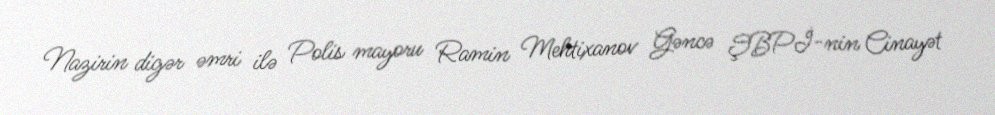
Nazirin digər əmri ilə Polis mayoru Ramin Mehtixanov Gəncə ŞBPİ-nin Cinayət